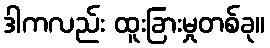
ဒါကလည်း ထူးခြားမှုတစ်ခု။